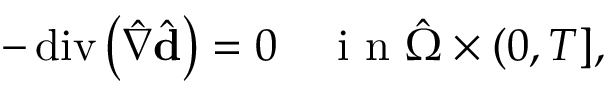
- \operatorname { d i v } \left( \hat { \nabla } \hat { \mathbf { d } } \right) = 0 \quad \mathrm { ~ i ~ n ~ } \hat { \Omega } \times ( 0 , T ] ,